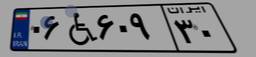
۷۱W۴۴۹۷۵